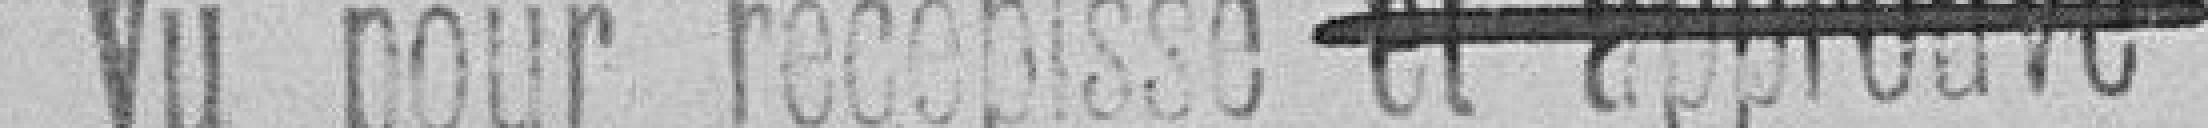
Vur pour récépissé